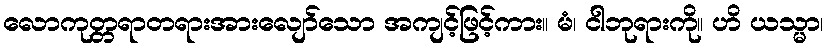
လောကုတ္တရာတရားအားလျော်သော အကျင့်ဖြင့်ကား။ မံ၊ ငါဘုရားကို။ ဟိ ယသ္မာ၊